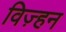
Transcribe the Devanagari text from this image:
विज़्हन